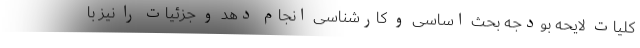
کلیات لایحه بودجه بحث اساسی و کارشناسی انجام دهد و جزئیات را نیز با